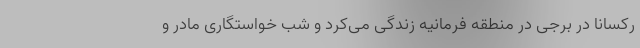
رکسانا در برجی در منطقه فرمانیه زندگی می‌کرد و شب خواستگاری مادر و